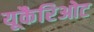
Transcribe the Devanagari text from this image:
यूकैरिओट